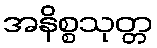
အနိစ္စသုတ္တ